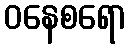
ဝနေစရော